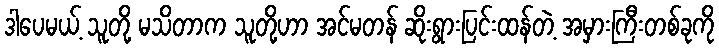
ဒါပေမယ့် သူတို့ မသိတာက သူတို့ဟာ အင်မတန် ဆိုးရွားပြင်းထန်တဲ့ အမှားကြီးတစ်ခုကို